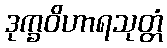
ဒုက္ခဝိဟာရသုတ္တံ